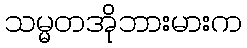
သမ္မတအိုဘားမားက